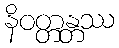
နိဝတ္တန္တဿ